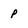
Character: P